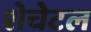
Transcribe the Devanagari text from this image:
शेचेटल